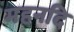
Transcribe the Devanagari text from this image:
महनदि